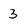
Character: 3